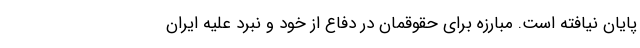
پایان نیافته است. مبارزه برای حقوقمان در دفاع از خود و نبرد علیه ایران